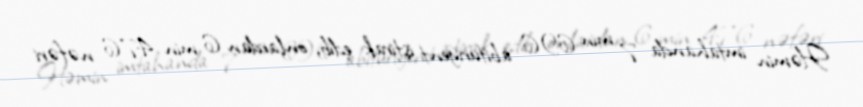
Həmin imtahanda 7 min 696 abituriyent iştirak edib, onlardan 6 min 476 nəfəri